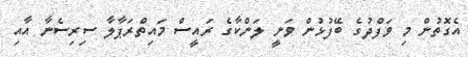
އެގޮތުން މި ވަފްދުގެ ބޭފުޅުން ވަނީ ލަންކާގެ ރައީސް މައިތްރަޕާލާ ސިރިސެނާ އާއި